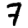
Digit: 7